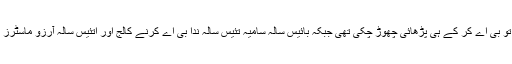
فواد کی بہنیں سدرہ اور مہرین تو بی اے کر کے ہی پڑھائی چھوڑ چکی تھی جبکہ بائیس سالہ سامیہ تئیس سالہ ندا بی اے کرنے کالج اور اتئیس سالہ آرزو ماسٹرز کے لئے یونیورسٹی جاتی تھی۔